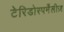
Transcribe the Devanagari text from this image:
टेरिडोस्पर्मेंलीज़